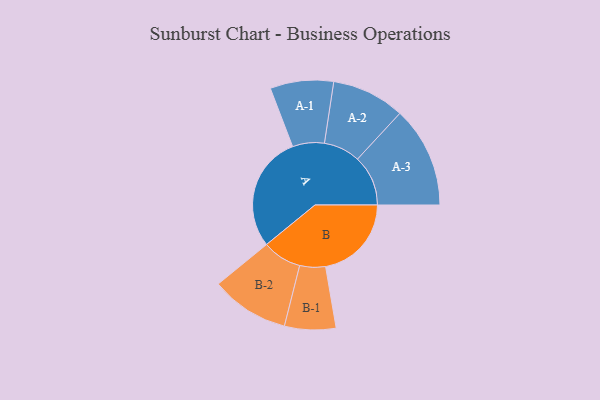
{"axis": {"x": "Segment", "y": "Value"}, "legend": ["", "A", "B"], "data": [{"x": "A", "y": 479, "type": ""}, {"x": "B", "y": 355, "type": ""}, {"x": "A-1", "y": 131, "type": "A"}, {"x": "A-2", "y": 151, "type": "A"}, {"x": "A-3", "y": 209, "type": "A"}, {"x": "B-1", "y": 106, "type": "B"}, {"x": "B-2", "y": 162, "type": "B"}]}